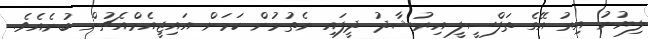
ލިޔުނު އިރު އޭގެ ތަފްސީލީ އިރުޝާދު ދީފައި ނެތުމުން ކަމަށް އައިޖީއެމްއެޗުން ބުނެއެވެ.